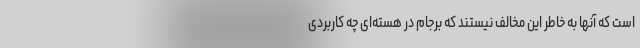
است که آنها به خاطر این مخالف نیستند که برجام در هسته‌ای چه کاربردی